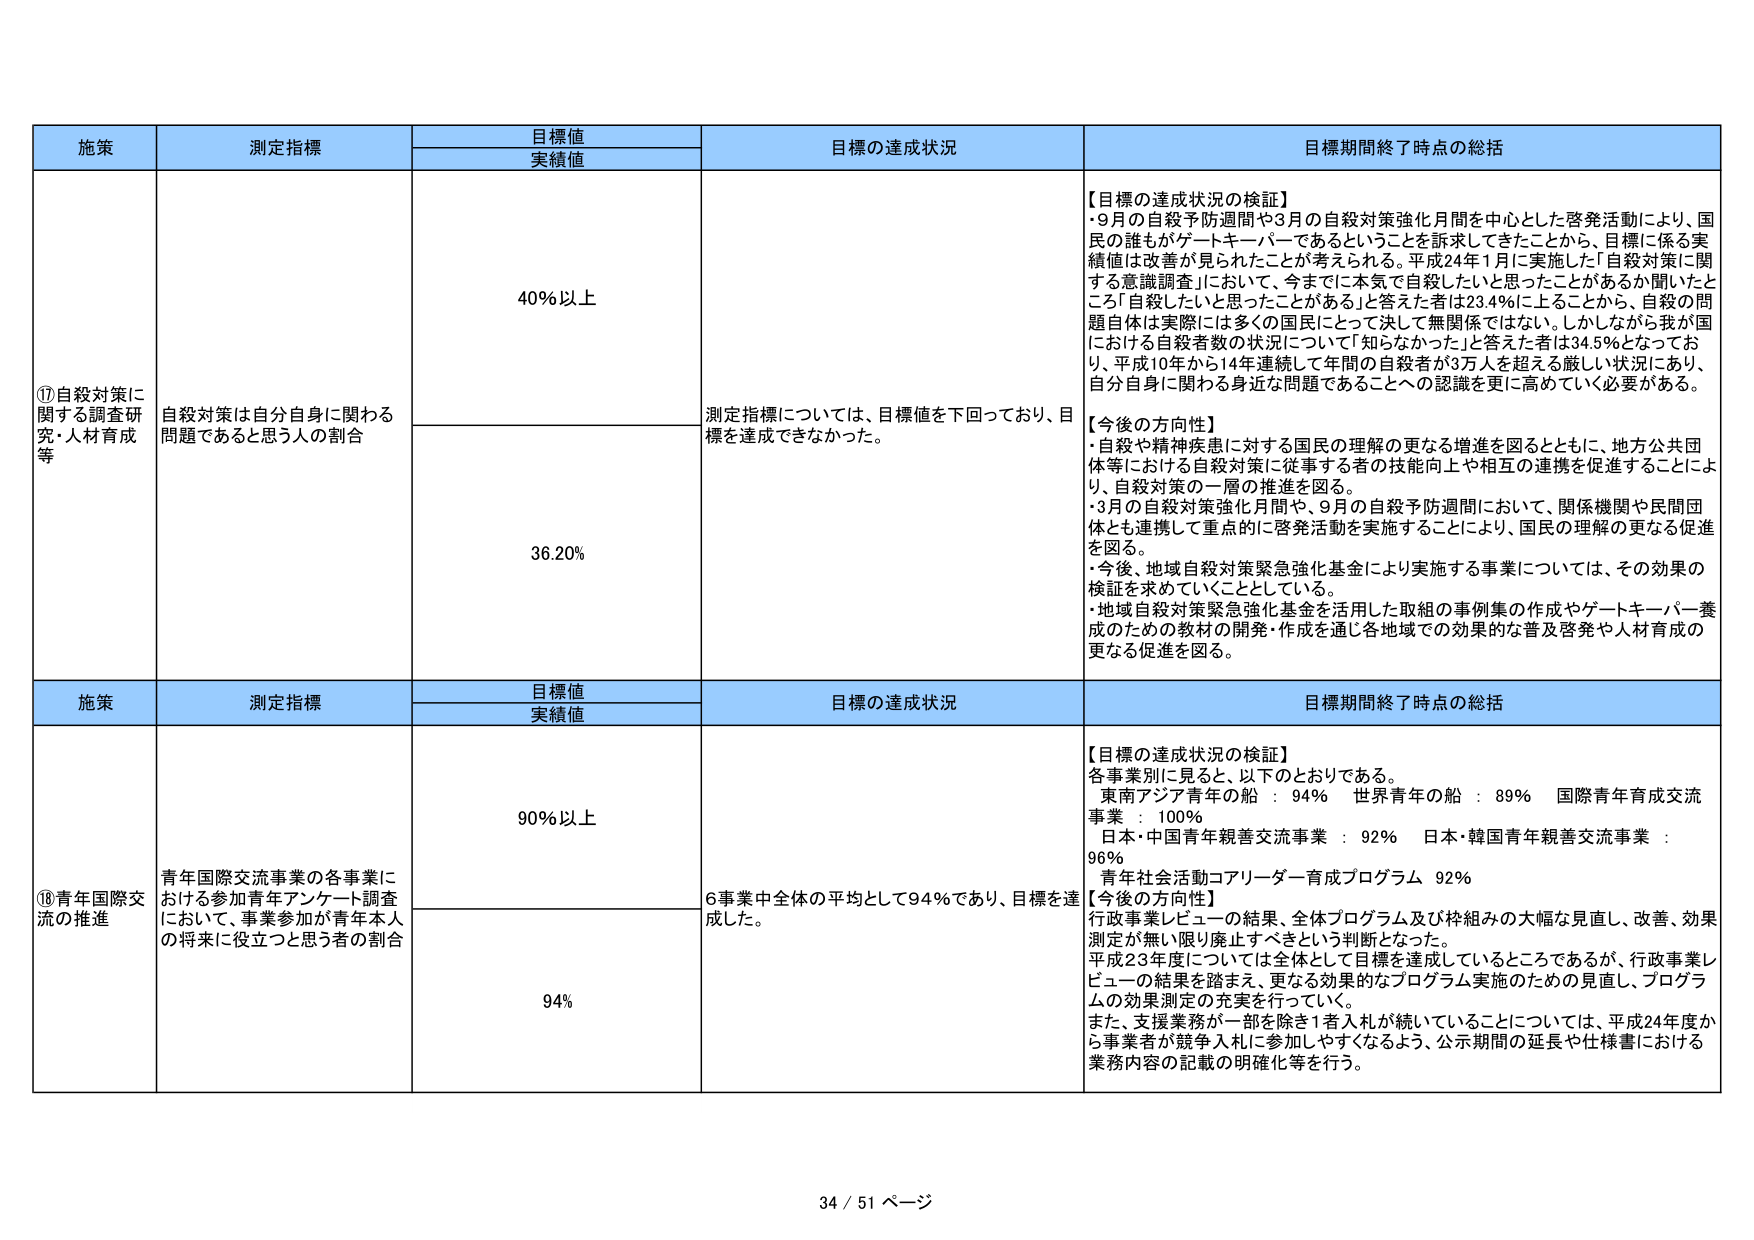
施策 測定指標 目標値 実績値 目標の達成状況 目標期間終了時点の総括
⑰自殺対策に関する調査研究・人材育成等 自殺対策は自分自身に関わる問題であると思う人の割合 40％以上 測定指標については、目標値を下回っており、目標を達成できなかった。 【目標の達成状況の検証】 ・9月の自殺予防週間や3月の自殺対策強化月間を中心とした啓発活動により、国民の誰もがゲートキーパーであるということを訴求してきたことから、目標に係る実績値は改善が見られたことが考えられる。平成24年1月に実施した「自殺対策に関する意識調査」において、今までに本気で自殺したいと思ったことがあるか聞いたところ「自殺したいと思ったことがある」と答えた者は23.4％に上ることから、自殺の問題自体は実際には多くの国民にとって決して無関係ではない。しかしながら我が国における自殺者数の状況について「知らなかった」と答えた者は34.5％となっており、平成10年から14年連続して年間の自殺者が3万人を超える厳しい状況にあり、自分自身に関わる身近な問題であることへの認識を更に高めていく必要がある。 【今後の方向性】 ・自殺や精神疾患に対する国民の理解の更なる増進を図るとともに、地方公共団体等における自殺対策に従事する者の技能向上や相互の連携を促進することにより、自殺対策の一層の推進を図る。 ・3月の自殺対策強化月間や、9月の自殺予防週間において、関係機関や民間団体とも連携して重点的に啓発活動を実施することにより、国民の理解の更なる促進を図る。 ・今後、地域自殺対策緊急強化基金により実施する事業については、その効果の検証を求めていくこととしている。 ・地域自殺対策緊急強化基金を活用した取組の事例集の作成やゲートキーパー養成のための教材の開発・作成を通じ各地域での効果的な普及啓発や人材育成の更なる促進を図る。
36.20％
施策 測定指標 目標値 実績値 目標の達成状況 目標期間終了時点の総括
⑱青年国際交流の推進 青年国際交流事業の各事業における参加青年アンケート調査において、事業参加が青年本人の将来に役立つと思う者の割合 90％以上 6事業中全体の平均として94％であり、目標を達成した。 【目標の達成状況の検証】 各事業別に見ると、以下のとおりである。 東南アジア青年の船 ： 94％ 世界青年の船 ： 89％ 国際青年育成交流事業 ： 100％ 日本・中国青年親善交流事業 ： 92％ 日本・韓国青年親善交流事業 ： 96％ 青年社会活動コアリーダー育成プログラム 92％ 【今後の方向性】 行政事業レビューの結果、全体プログラム及び枠組みの大幅な見直し、改善、効果測定が無い限り廃止すべきという判断となった。 平成23年度については全体として目標を達成しているところであるが、行政事業レビューの結果を踏まえ、更なる効果的なプログラム実施のための見直し、プログラムの効果測定の充実を行っていく。 また、支援業務が一部を除き1者入札が続いていることについては、平成24年度から事業者が競争入札に参加しやすくなるよう、公示期間の延長や仕様書における業務内容の記載の明確化等を行う。
94％
34 / 51 ページ